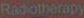
Radiotherapy